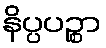
နိပ္ပပဉ္စာ